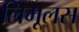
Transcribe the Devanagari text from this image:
लिमूलस